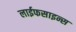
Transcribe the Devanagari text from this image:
लाईफसाइन्स